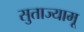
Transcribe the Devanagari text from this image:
सुताज्यामू